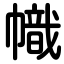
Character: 幟